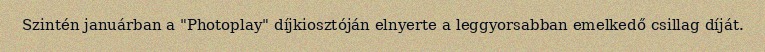
Szintén januárban a "Photoplay" díjkiosztóján elnyerte a leggyorsabban emelkedő csillag díját.